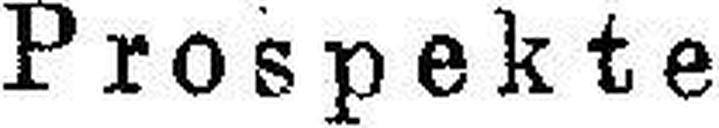
Prospekte